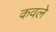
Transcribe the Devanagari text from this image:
कवले